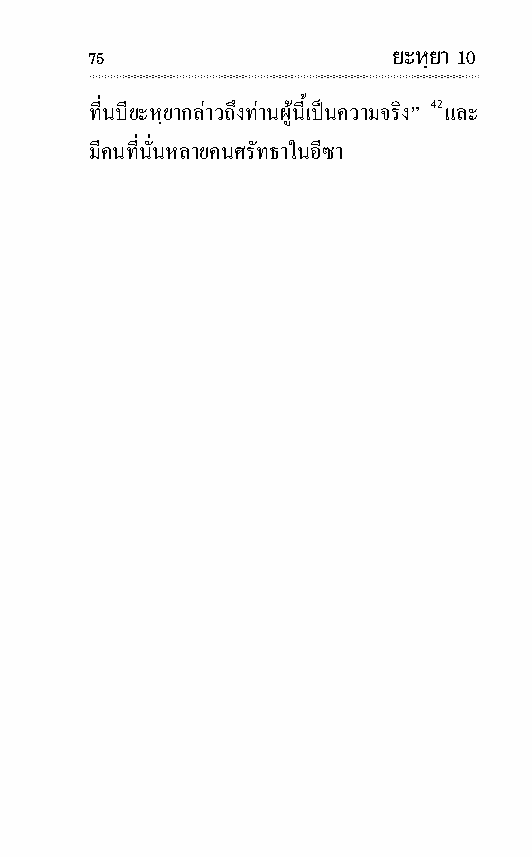
75                  ยะหฺยา 10
 ที่นบียะหฺยากลาวถึงทานผู นี้เปนความจริง” 42 และ
 มีคนที่นั่นหลายคนศรัท ธาในอีซา